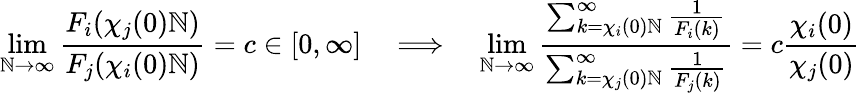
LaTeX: \operatorname*{lim}_{\mathbb{N}\to\infty}\frac{{F_{i}(\chi_{j}(0)\mathbb{N})}}{{F_{j}(\chi_{i}(0)\mathbb{N})}}=c\in[0,\infty]\quad\Longrightarrow\quad\operatorname*{lim}_{\mathbb{N}\to\infty}\frac{{\sum_{k=\chi_{i}(0)\mathbb{N}}^{\infty}\frac{{1}}{{F_{i}(k)}}}}{{\sum_{k=\chi_{j}(0)\mathbb{N}}^{\infty}\frac{{1}}{{F_{j}(k)}}}}=c\frac{{\chi_{i}(0)}}{{\chi_{j}(0)}}